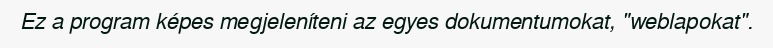
Ez a program képes megjeleníteni az egyes dokumentumokat, "weblapokat".